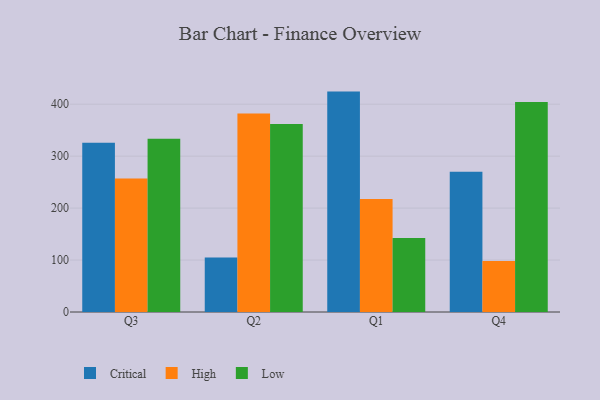
{"axis": {"x": "Quarter", "y": "Budget (USD K)"}, "legend": ["Critical", "High", "Low"], "data": [{"x": "Q3", "y": 326.0, "type": "Critical"}, {"x": "Q3", "y": 257.0, "type": "High"}, {"x": "Q3", "y": 333.4, "type": "Low"}, {"x": "Q2", "y": 105.0, "type": "Critical"}, {"x": "Q2", "y": 382.2, "type": "High"}, {"x": "Q2", "y": 362.1, "type": "Low"}, {"x": "Q1", "y": 424.3, "type": "Critical"}, {"x": "Q1", "y": 217.4, "type": "High"}, {"x": "Q1", "y": 142.7, "type": "Low"}, {"x": "Q4", "y": 270.0, "type": "Critical"}, {"x": "Q4", "y": 98.4, "type": "High"}, {"x": "Q4", "y": 404.1, "type": "Low"}]}